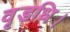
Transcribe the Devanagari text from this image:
वृडधि।